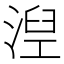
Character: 湼